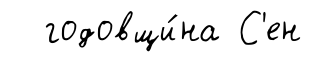
годовщи́на С'ен